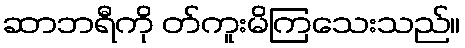
ဆာဘရီကို တ်ကူးမိကြသေးသည်။